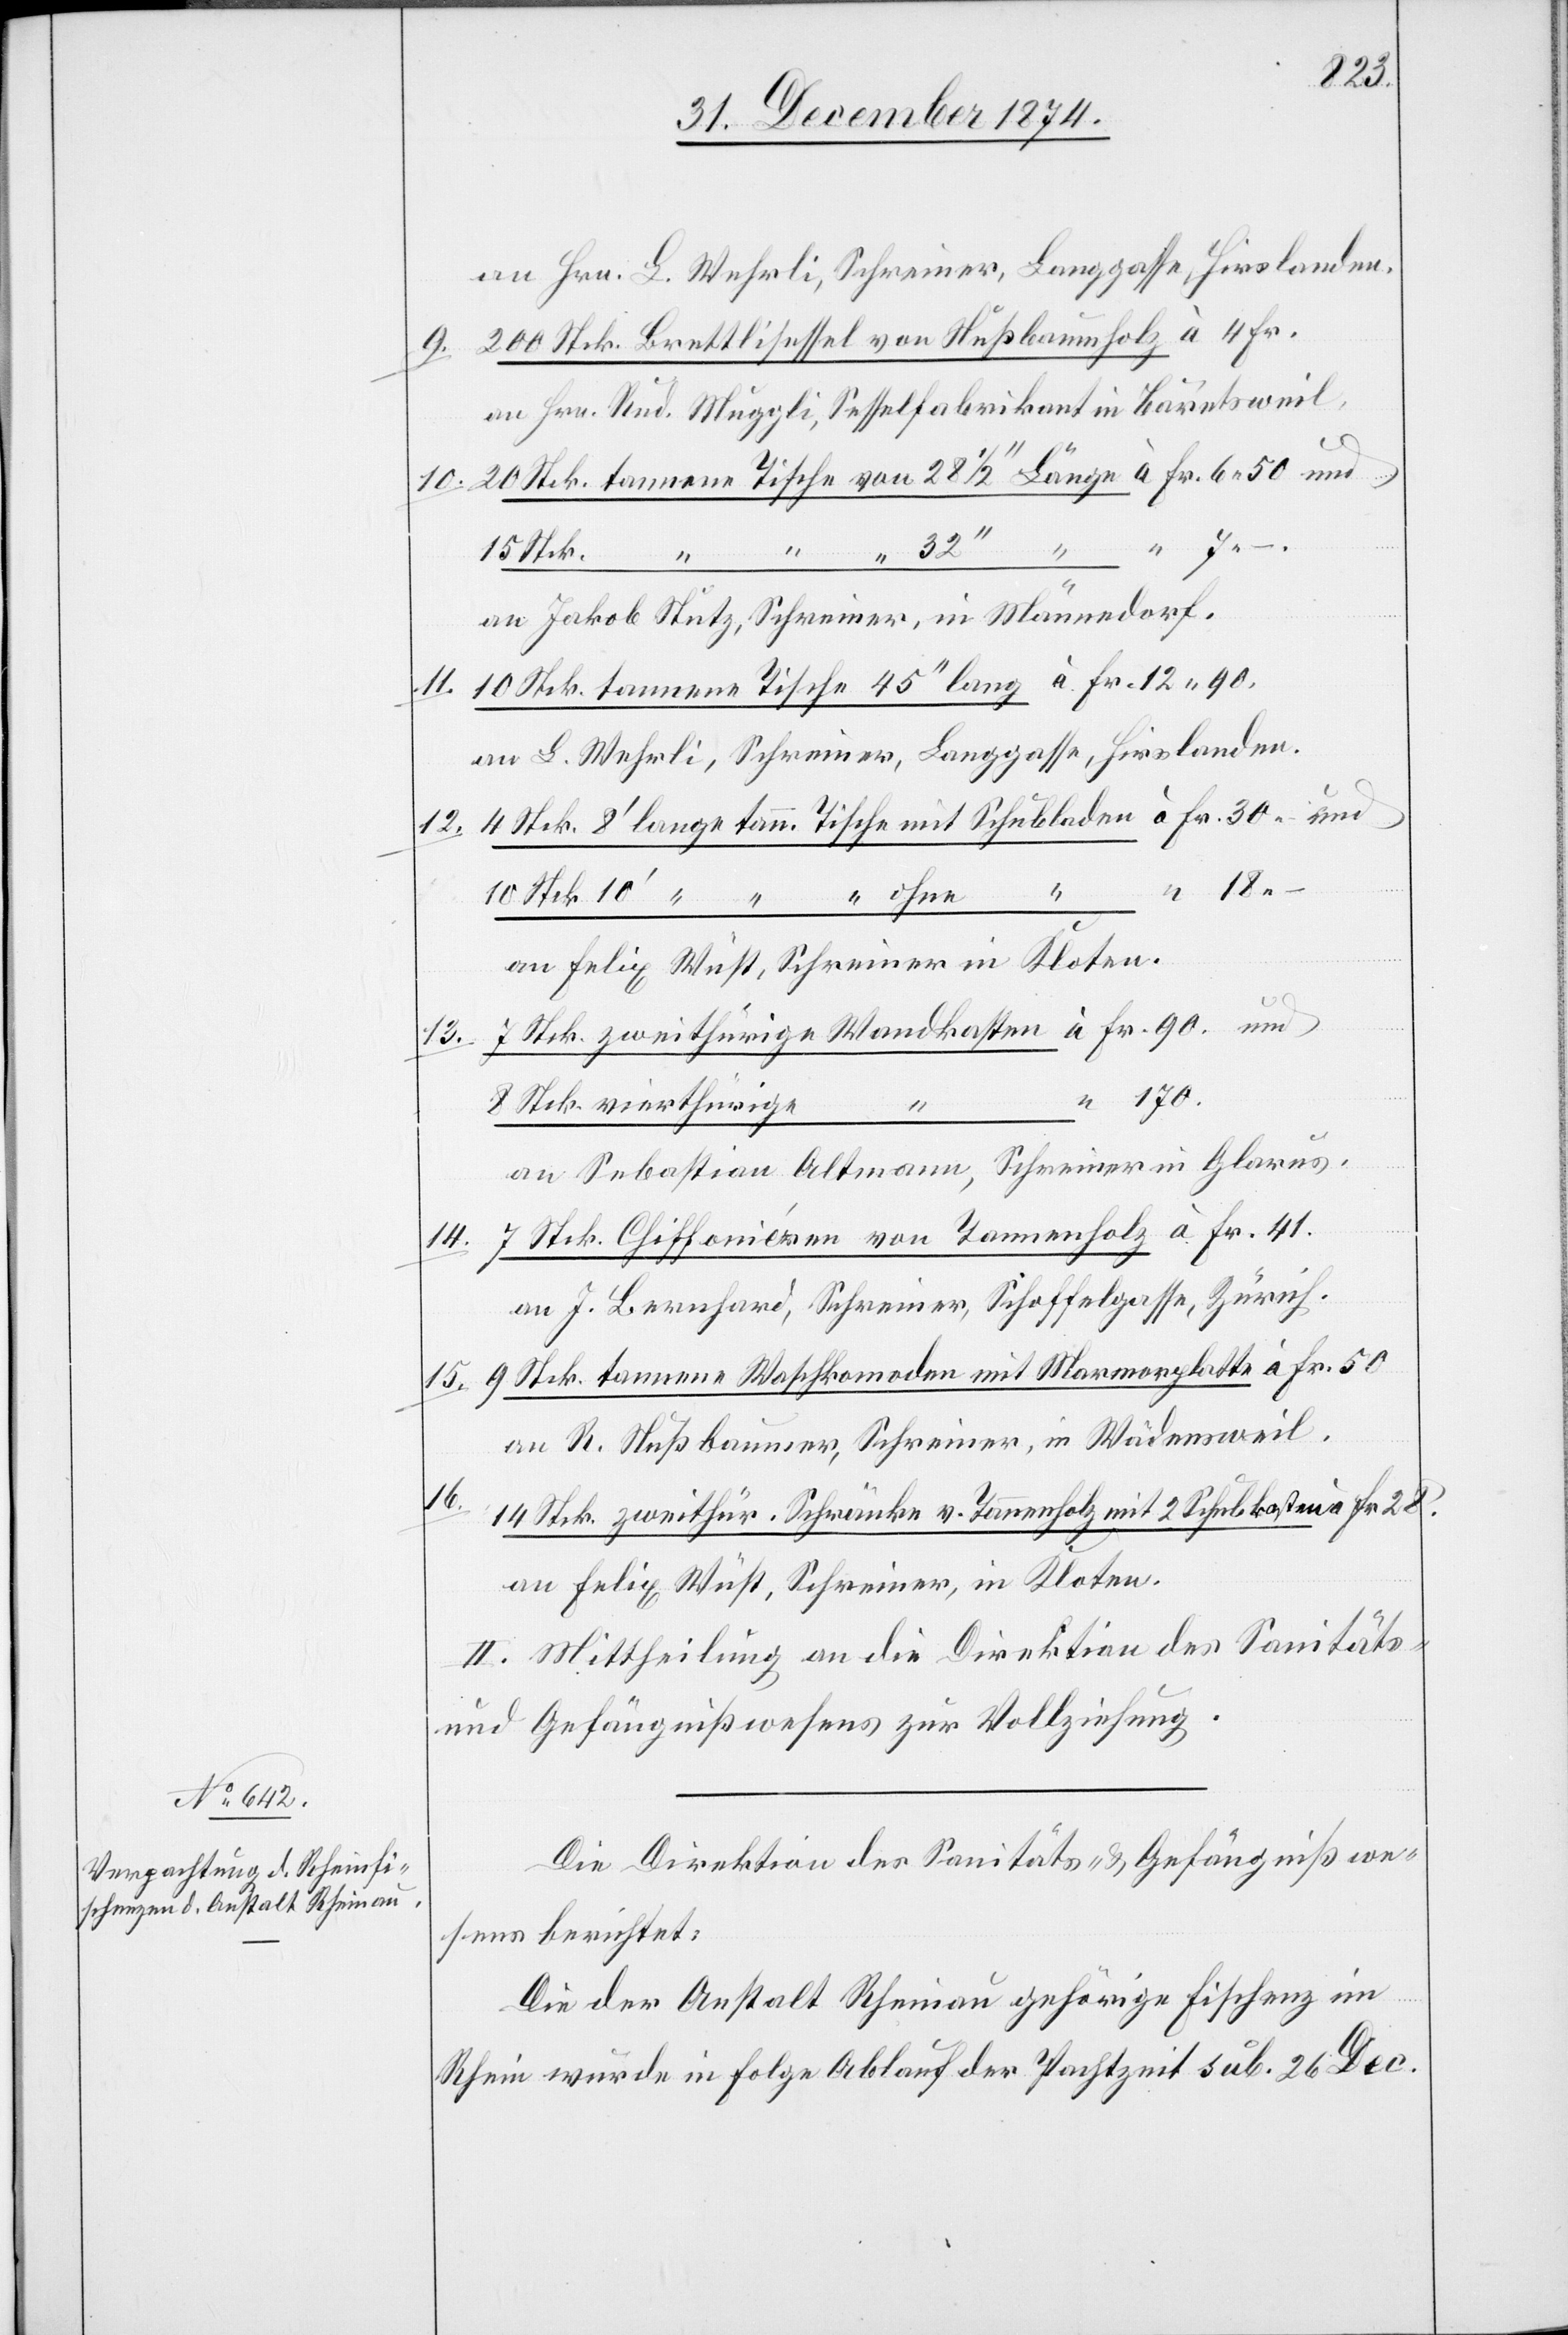
an Hrn. L. Wehrli, Schreiner, Langgasse, Hirslanden.
9. 200 Stck. Brettlisessel von Nußbaumholz à 4 Fr.
an Hrn. Rud. Muggli, Sesselfabrikant in Bäretsweil.
10. 20 Stck. tannene Tische von 28 1/2‘‘ Länge à Fr. 6.50 und
11.
“
an Jakob Stutz, Schreiner, in Männedorf.
10 Stck. tannene Tische 45‘‘ lang à Fr. 12.90
an L. Wehrli, Schreiner, Langgasse, Hirslanden.
4 Stck. 8‘ lange tann. Tische mit Schubladen à Fr. 30 und
12.
10 Stck. 10‘ “ “ “ ohne “ “ “ 18.–
an Felix Wüst, Schreiner in Kloten.
Stck. zweithürige Wandkasten à Fr. 90 und
13.
“ 170.
8 Stck. vierthürige
“
an Sebastian Altmann, Schreiner in Glarus.
7 Stck. Chiffonièren von Tannenholz à Fr. 41.
14.
an J. Bernhard, Schreiner, Schoffelgasse, Zürich.
15. 9 Stck. tannene Waschkom[m]oden mit Marmorplatte à Fr. 50
an R. Nußbaumer, Schreiner, in Wädensweil.
16.
14 Stck. zweithür. Schränke v. Tannenholz mit 2 Schubkasten à Fr. 28.
an Felix Wüst, Schreiner, in Kloten.
II. Mittheilung an die Direktion des Sanitäts-
und Gefängnißwesens zur Vollziehung.
Die Direktion des Sanitäts- & Gefängnißwe¬
sens berichtet:
Die der Anstalt Rheinau gehörige Fischenz im
Rhein wurde in Folge Ablauf der Pachtzeit sub. 26 Dec.